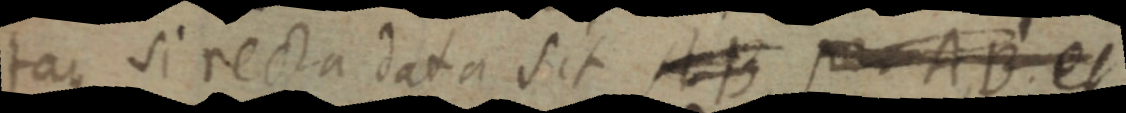
itaque si recta data sit AB et